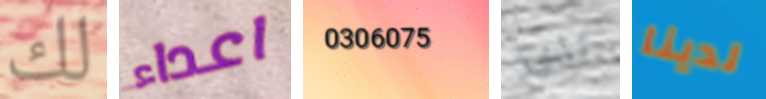
لك اعداء 0306075 تاخذ لدينا